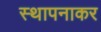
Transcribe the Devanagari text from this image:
स्थापनाकर